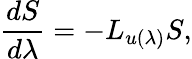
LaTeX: \frac{dS}{d\lambda}=-L_{u(\lambda)}S,